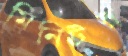
মিনিটর